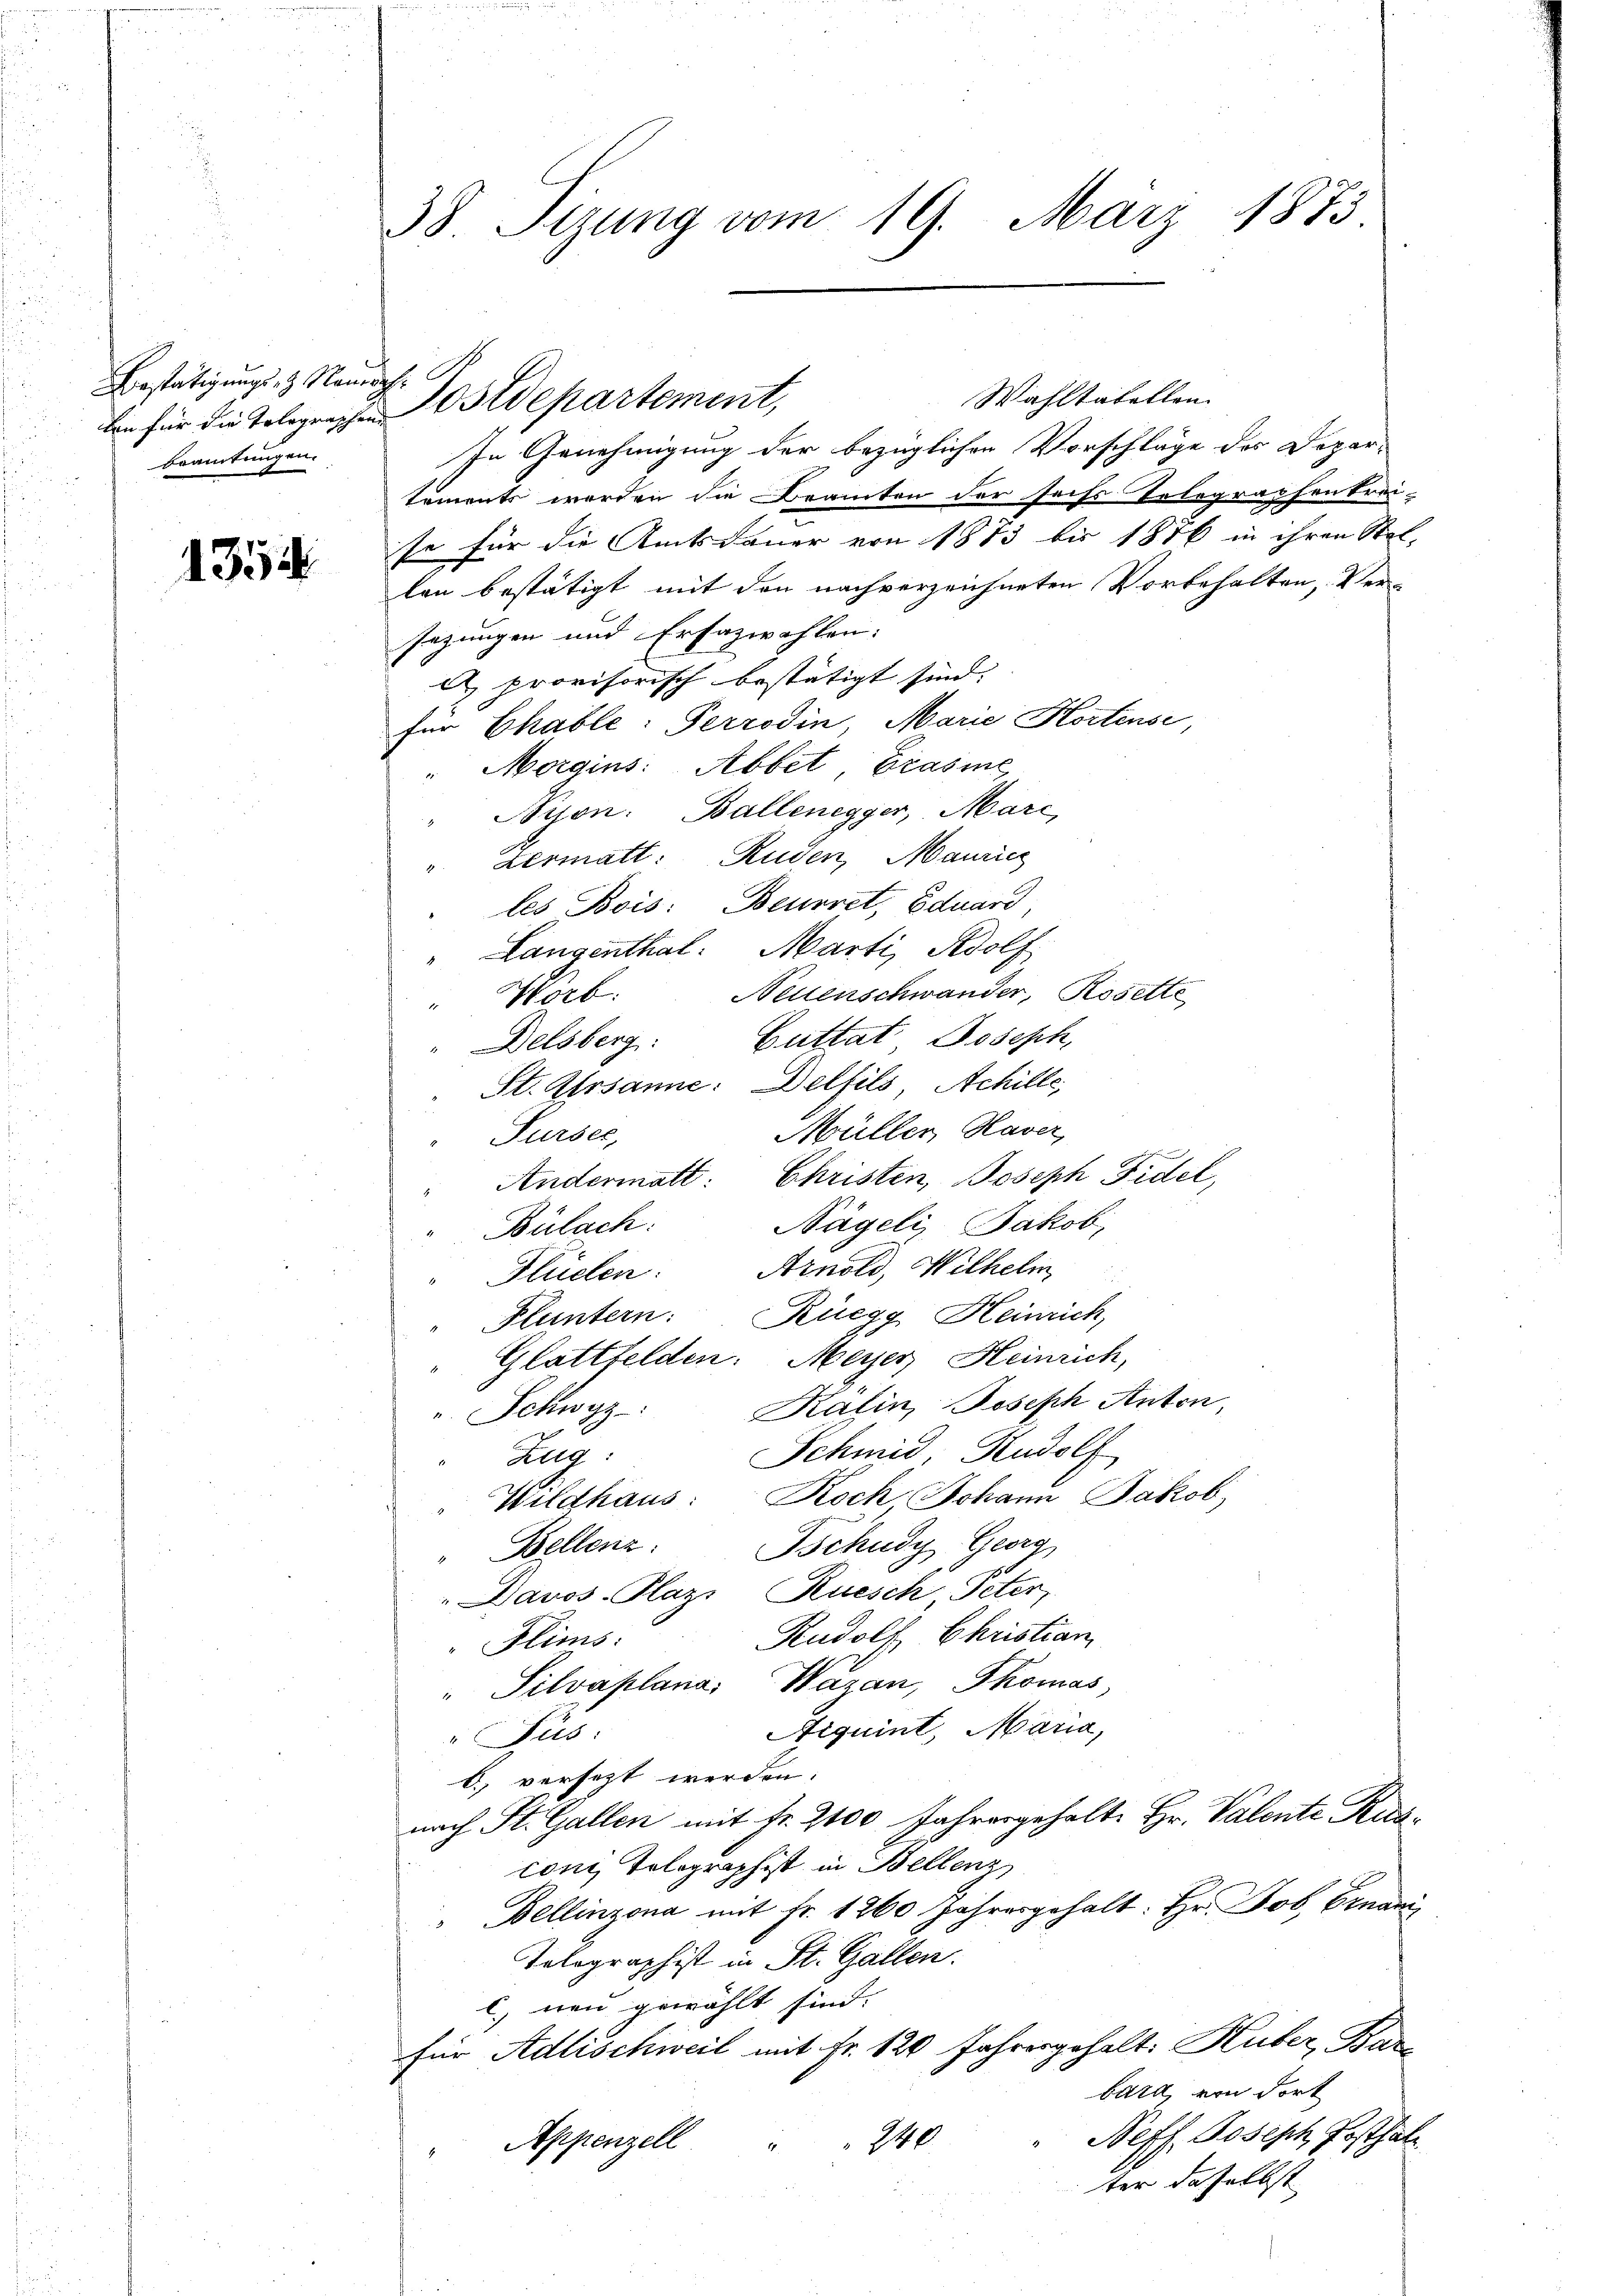
Bestätigungs- & Nauersch
Brautungen.

1354

38 Tizung vom 19. März 1873

lon für die Telegraphen Ostdepartement,

In Genehmigung der bezüglichen Vorschläge des Dopar-
tements werden die Bramten der sechs Telegraphen trei-
se für die Amtsdauer von 1883 bis 1876 in ihren Stel-
lan bestätigt mit den nachverzeichneten Vorbehalten, Versezungen und Ersazwahlen:
l provisorisch bestätigt sind. |
für Chable: Perrodin, Marie Hortense,
 Morgins: Abbet Brasie
Nyon. Ballenegger, Mari
". Dermatt: Rusen, Mauricz
les Bois: Beurret, Eduard,
Langenthal: Marti, Adolf
Neuenschwander, Rosette
Worb.
Guttat Joseph,
Delsberg:
St. Arsanne: Delfils Achille,
Müller, Haver
Sursee,
" Andermatt: Christen, Joseph Fidel,
Nägeli, Jakob,
Bülach:
Fluclen: Arnold, Wilhelm
Fluntern. Rüegg, Heinrich,
Glattfelden. Meyer Heinrich,
Kälin, Joseph Anton,
Schwyz
Schmid Rudolf
Allg
Wildhaus: Roch Johann Jakob
Bschudy Georg,
Bellenz:
" Davos- Plaz, Ruesch Peter,
Rudolf Christian
Flims:
" Silvaplana Wazan, Thomas,
Aiquint, Maria,
Pus:
6) versezt werden.
nach St. Gallen mit Fr. 2100 Jahresgehalte Hr. Valente Ruscon Telegraphist in Bellenz
" Bellinzona mit Fr. 1260 Jahresgehalt: Hr. Job Ernan
Tolographist in St. Gallen.
C. neu gewählt sind.
für Adlischweil mit Fr. 120 Jahresgehalt: Huber, Bar
bara von dort
Neff. Joseph Posthal
240
Appenzell
ter daselbst

Wahltabellen